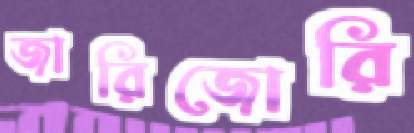
জারিজোরি